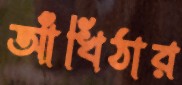
আঁখিঠার